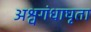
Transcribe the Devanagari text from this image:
अश्वगंधाघृता